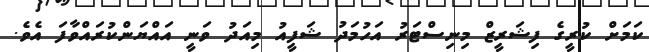
ކަމަށް ކުރީގެ ފިޝަރީޒް މިނިސްޓަރު އަހުމަދު ޝަފީއު މިއަދު ވަނީ އައްޔަންކުރައްވާފަ އެވެ.